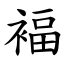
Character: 褔